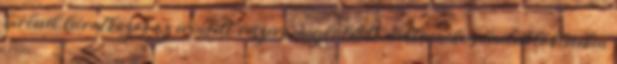
hírlevél leiratkozás az érintett részére megküldött elektronikus levelek láblécében